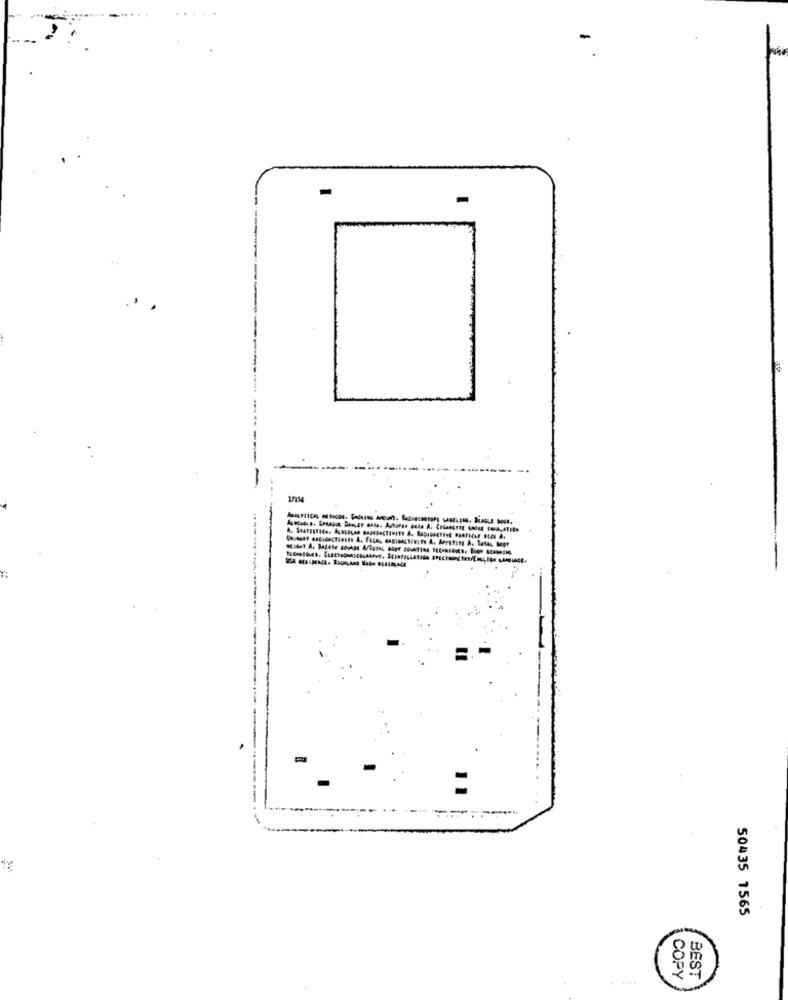
-
-
----
-----
-----
-------------
50435 1565
BEST
.....
COPY